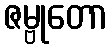
ဇမ္ဗုတော